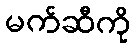
မက်ဆီကို